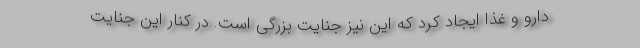
دارو و غذا ایجاد کرد که این نیز جنایت بزرگی است. در کنار این جنایت